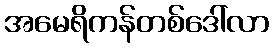
အမေရိကန်တစ်ဒေါ်လာ